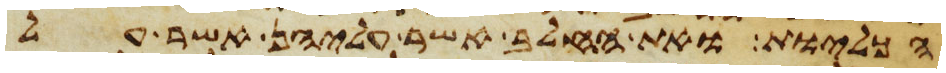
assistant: הכליות ואת החלב אשר עליהן אשר על